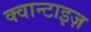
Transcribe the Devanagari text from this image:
क्वान्टाइज़